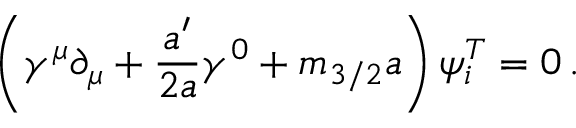
\left( \gamma ^ { \mu } \partial _ { \mu } + \frac { a ^ { \prime } } { 2 a } \gamma ^ { 0 } + m _ { 3 / 2 } a \right) \psi _ { i } ^ { T } = 0 \, .